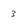
Character: 3